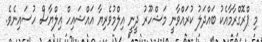
މި ޕްރޮގްރާމާއެކު ބައްދަލު ކުރައްވާނީ މަޝްހޫރު ދީނީ އިލްމުވެރިޔާ އައްޝައިހް އިލްޔާސް ހުސައިނެވެ.